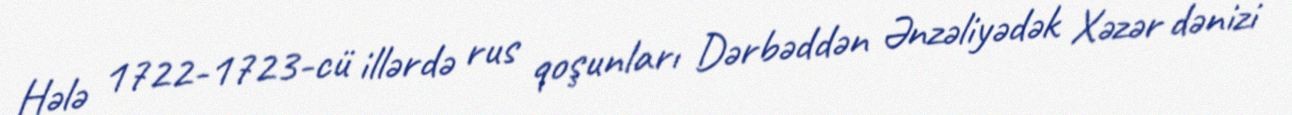
Hələ 1722-1723-cü illərdə rus qoşunları Dərbəddən Ənzəliyədək Xəzər dənizi